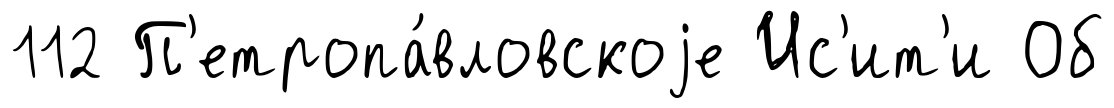
112 П'етропа́вловскоjе Ис'ит'и Об